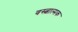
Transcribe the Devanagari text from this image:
वस्त्वात्मक